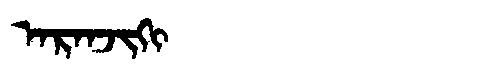
Manchu: ᠠᡵᠠᠨᠵᡳᡴᡳ
Romanization: ARANJIKI